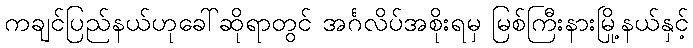
ကချင်ပြည်နယ်ဟုခေါ်ဆိုရာတွင် အင်္ဂလိပ်အစိုးရမှ မြစ်ကြီးနားမြို့နယ်နှင့်